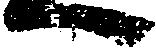
へ